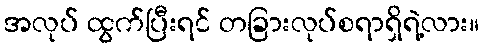
အလုပ် ထွက်ပြီးရင် တခြားလုပ်စရာရှိရဲ့လား။